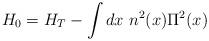
LaTeX: \begin{align*}H_{0} = H_{T} - \int dx~ n^{2}(x) \Pi^{2}(x)\end{align*}